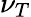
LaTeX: \nu_{T}